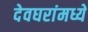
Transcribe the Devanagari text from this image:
देवघरांमध्ये